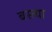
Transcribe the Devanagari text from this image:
बस्त्या